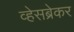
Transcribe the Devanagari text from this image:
व्हेसब्रेकर